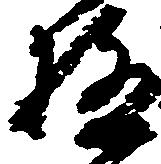
極